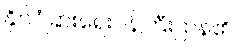
နိုင်ငံခြားရေးဝန်ကြီးဌာန၏